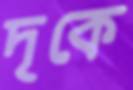
দৃকে